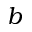
b